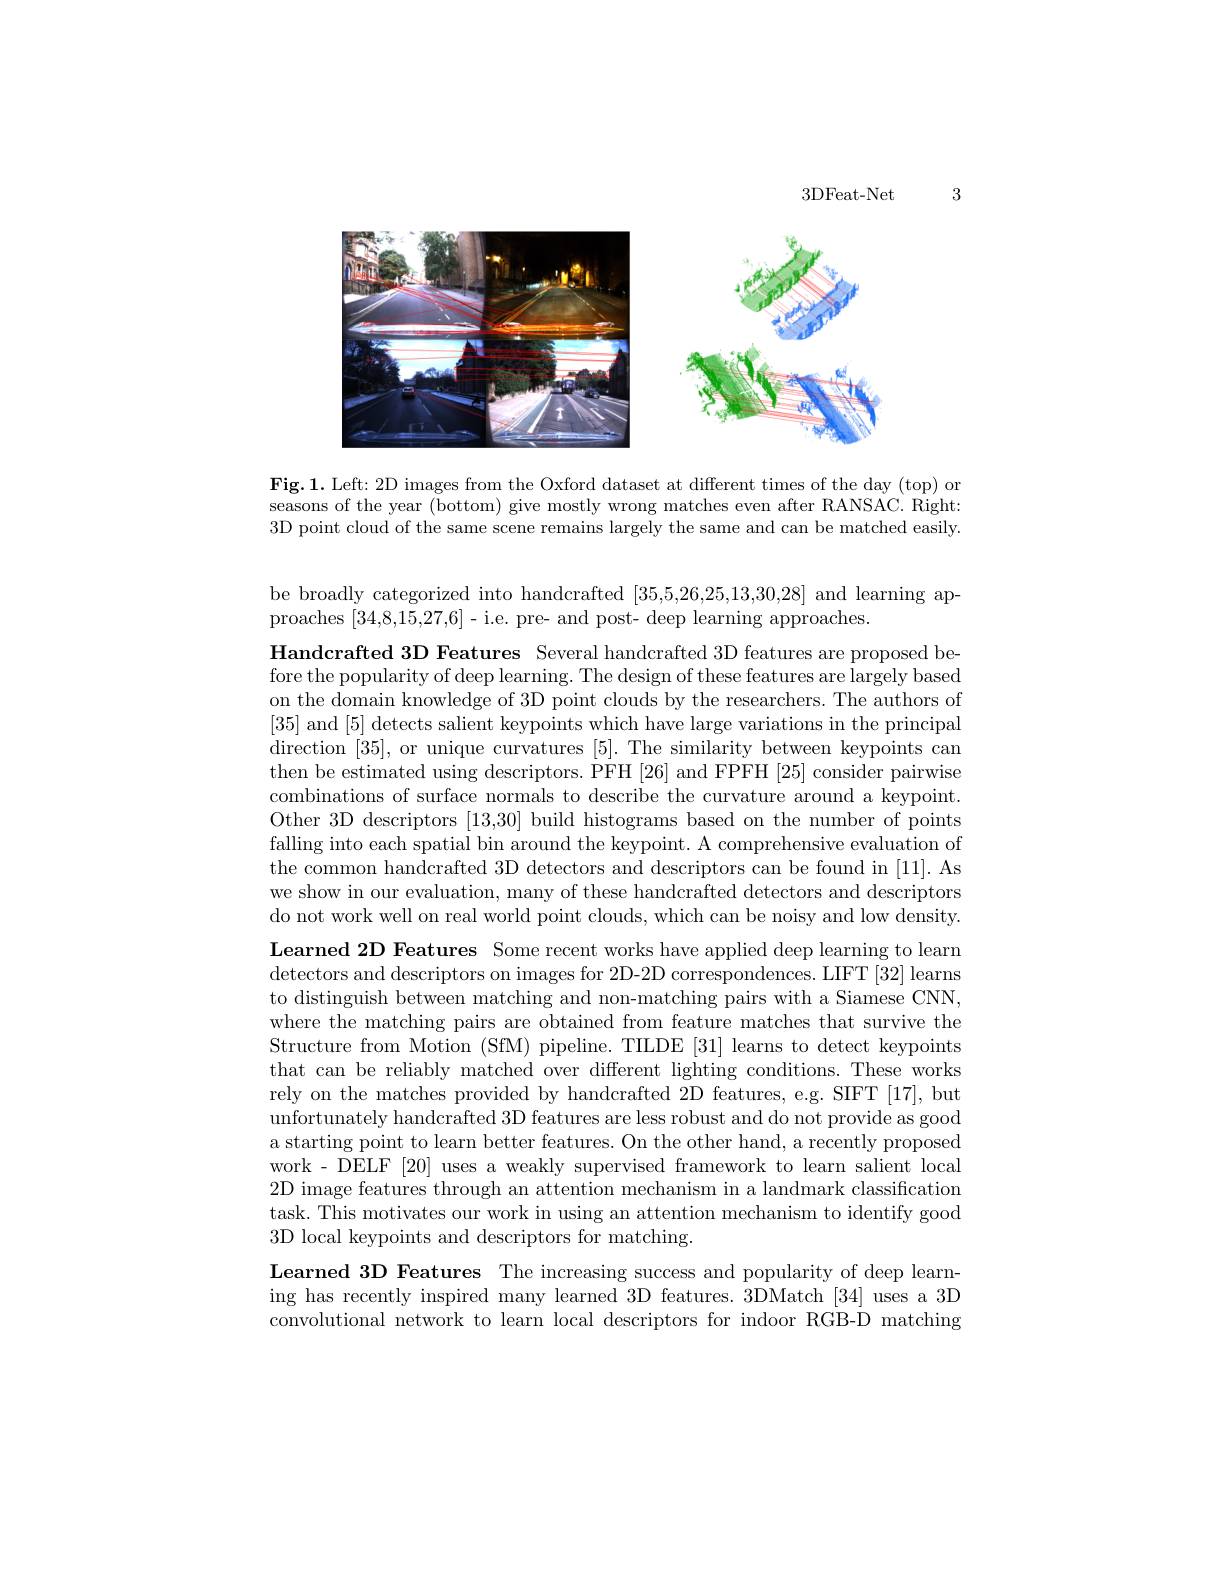
3

3DFeat-Net

<FigureHere>

Fig.1. Left: 2D images from the Oxford dataset at different times of the day (top) or seasons of the year (bottom) give mostly wrong matches even after RANSAC. Right: 3D point cloud of the same scene remains largely the same and can be matched easily.

be broadly categorized into handcrafted [35,5,26,25,13,30,28] and learning ap-
proaches [34,8,15,27,6]-i.e. pre- and post- deep learning approaches.

Handcrafted 3D Features Several handcrafted 3D features are proposed before the popularity of deep learning. The design of these features are largely based on the domain knowledge of 3D point clouds by the researchers. The authors of [35] and [5] detects salient keypoints which have large variations in the principal direction [35], or unique curvatures [5]. The similarity between keypoints can then be estimated using descriptors. PFH [26] and FPFH [25] consider pairwise combinations of surface normals to describe the curvature around a keypoint Other 3D descriptors [13,30] build histograms based on the number of points falling into each spatial bin around the keypoint. A comprehensive evaluation of the common handcrafted 3D detectors and descriptors can be found in [11]. As we show in our evaluation, many of these handcrafted detectors and descriptors do not work well on real world point clouds, which can be noisy and low density. Learned 2D Features Some recent works have applied deep learning to learn

detectors and descriptors on images for 2D-2D correspondences. LIFT [32] learns to distinguish between matching and non-matching pairs with a Siamese CNN, where the matching pairs are obtained from feature matches that survive the Structure from Motion (SfM) pipeline. TILDE [31] learns to detect keypoints that can be reliably matched over different lighting conditions. These works rely on the matches provided by handcrafted 2D features, e.g. SIFT [17], but unfortunately handcrafted 3D features are less robust and do not provide as good a starting point to learn better features. On the other hand, a recently proposed work - DELF [20] uses a weakly supervised framework to learn salient local 2D image features through an attention mechanism in a landmark classification task. This motivates our work in using an attention mechanism to identify good 3D local keypoints and descriptors for matching.
Learned 3D Features The increasing success and popularity of deep learning has recently inspired many learned 3D features. 3DMatch [34] uses a 3D convolutional network to learn local descriptors for indoor RGB-D matching